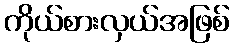
ကိုယ်စားလှယ်အဖြစ်